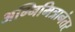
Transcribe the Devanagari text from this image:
अग्निमित्रानंतर